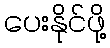
ပေးနိုင်ဖို့